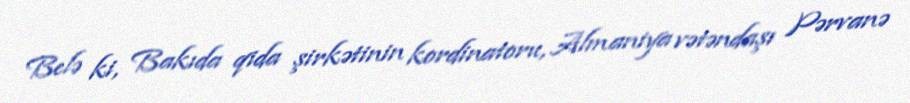
Belə ki, Bakıda qida şirkətinin kordinatoru, Almaniya vətəndaşı Pərvanə